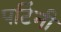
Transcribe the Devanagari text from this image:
पटिंनी